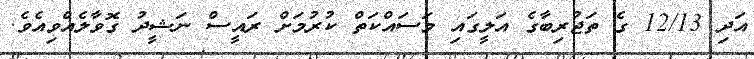
އަދި 12/13 ގެ ތަޖުރިބާގެ އަލީގައި މަސައްކަތް ކުރުމަށް ރައީސް ނަޝީދު ގޮވާލެއްވިއެވެ.